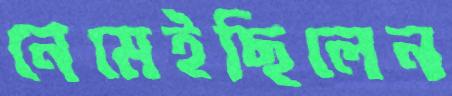
নেমেইছিলেন